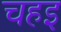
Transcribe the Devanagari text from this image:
चहइ